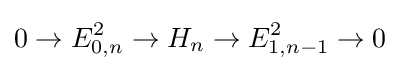
0\to E_{0,n}^{2}\to H_{n}\to E_{1,n-1}^{2}\to 0